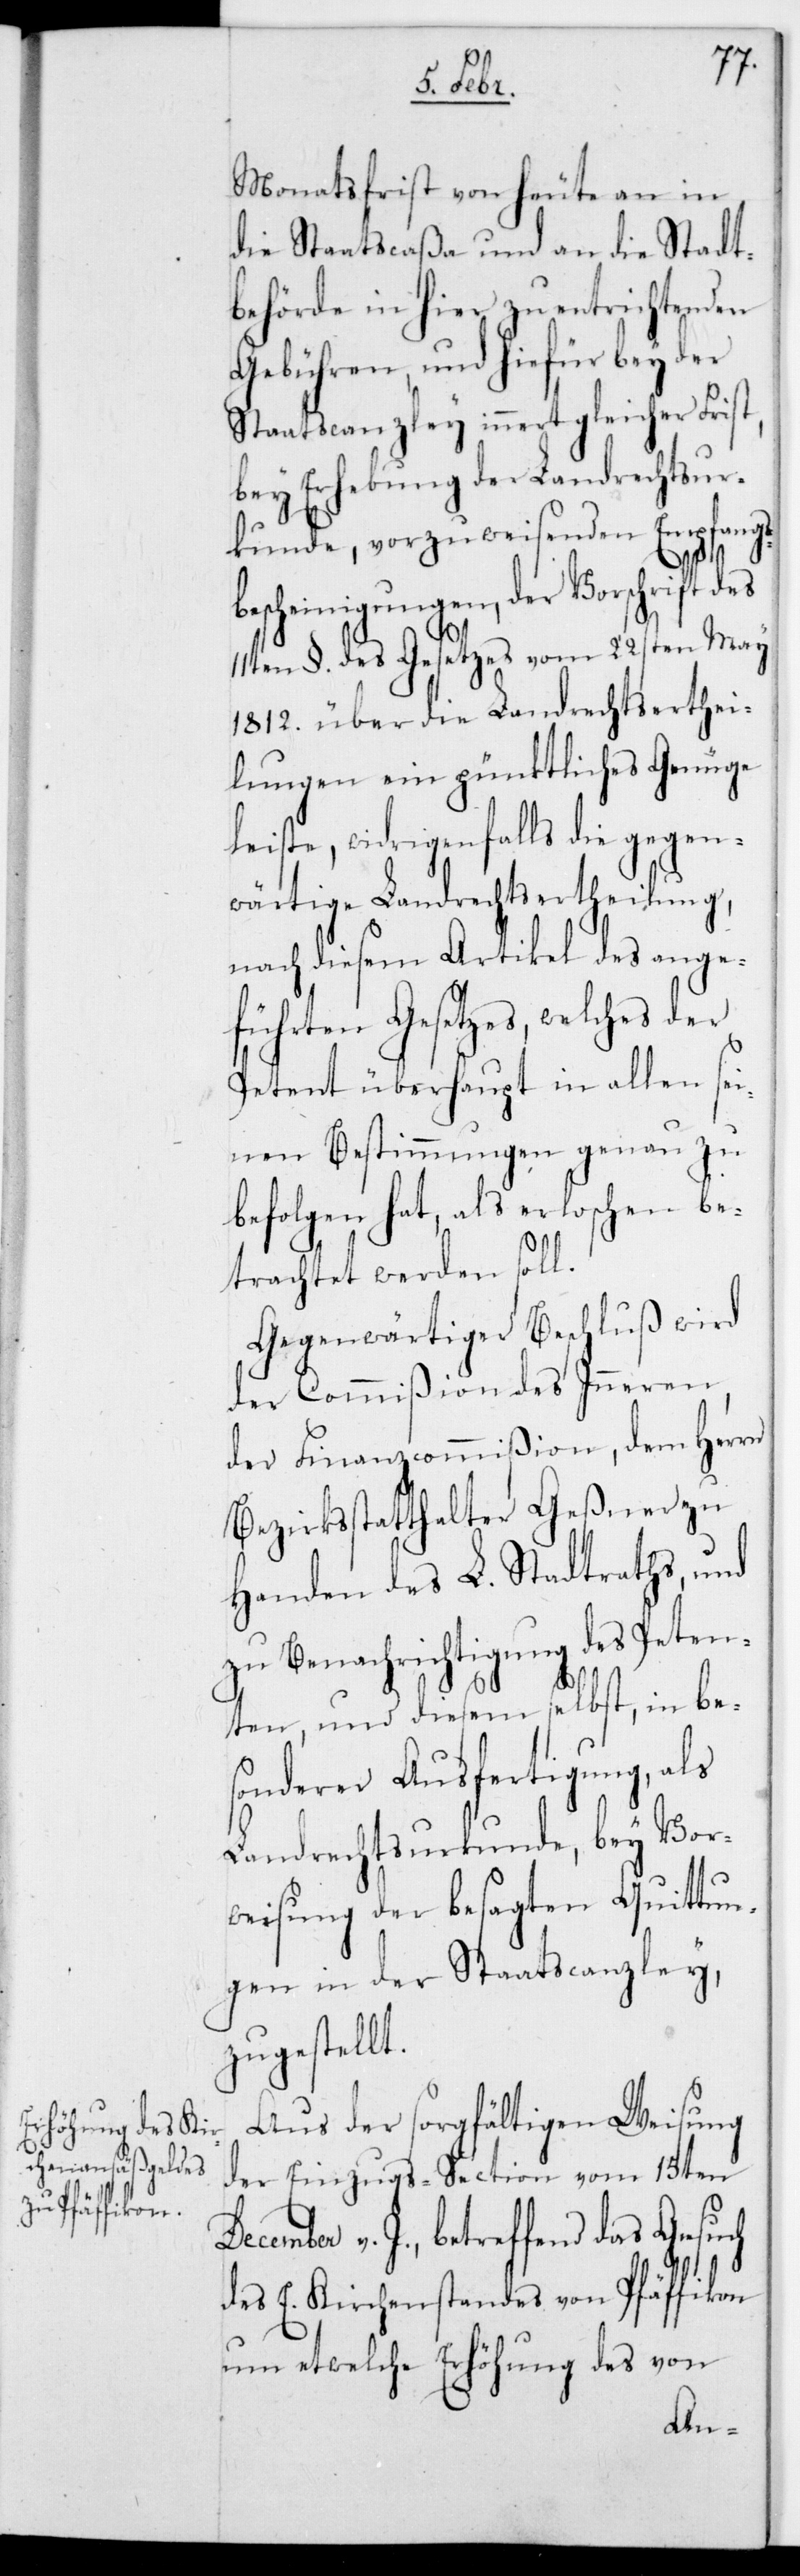
Monatsfrist von heute an in
die Staatscaßa und an die Stadt¬
behörde in hier zu entrichtenden
Gebühren, und hiefür bey der
Staatscanzley innert gleicher Frist,
bey Erhebung der Landrechtsur¬
kunde, vorzuweisenden Empfangs-B¬
escheinigungen, der Vorschrift
11ten §. des Gesetzes vom 22sten May
1812. über die Landrechtserthei¬
lungen ein pünktliches Genüge
leiste, widrigenfalls die gegen¬
wärtige Landrechtsertheilung,
nach diesem Artikel des ange¬
führten Gesetzes, welches der
Petent überhaupt in allen sei¬
nen Bestimmungen genau zu
befolgen hat, als erloschen be¬
D¬
trachtet werden soll.
Gegenwärtiger Beschluß wird
der Commißion des Inneren,
der Finanzcommißion, dem Herrn
Bezirksstatthalter Geßner zu
Handen des L. Stadtraths und
zu Benachrichtigung des Peten¬
ten, und diesem selbst, in be¬
sonderer Ausfertigung als
Landrechtsurkunde, bey Vor¬
weisung der besagten Quittun¬
gen in der Staatscanzley,
zugestellt.
Aus der sorgfältigen Weisung
der Einzugßection vom 15ten
ecember v. J., betreffend das Gesuch
des E. Kirchenstandes von Pfäffikon
um etwelche Erhöhung des von